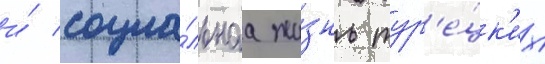
и́ социа́льнаа жи́знь тур'е́цк'их